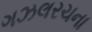
ગઝલરચના